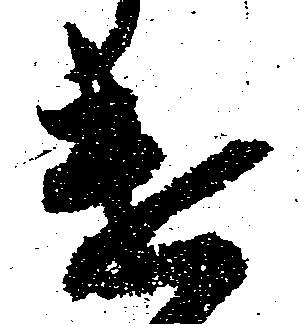
遣